Newspaper: The Canton mail. [volume]
Place of publication: Canton, Miss.
Publisher: Garrett & Dudley
Date: 1875-05-08 00:00:00
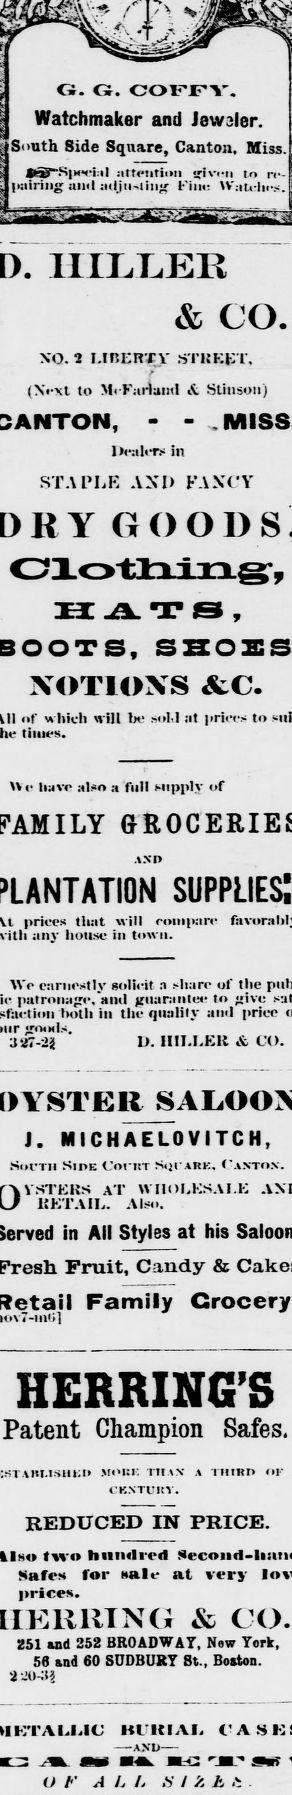
Advertisement text (OCR):
O. Ci. COFFY. Watchmaker and Jewsler. South 8ide Square, Canton, Miss. a-SjMaal attention sriveri to n pairing ami adjii-iiug Fine Watches. IIJXL.ER & CO. XO. 2 I.IBEnxy S'I'KKET. (Xext to McFariaml &. Slinsoii) - - Healers in STAPLE AND FANCY m -A. t s , NOTIONS &C. f which will be sold at prin-s to times. XV liave also a full supply of prices that will compare any house in town. We earnestly solicit a share of the patronage, "and guarantee to "jive Iwlh in tile quality and price goods. 3SJ7-2S 1. IIII.LElt & CO. J. MICHAELOVITCH, Socth Side Coi iit Sijcare. Caxto.v. AT WHOLKSAI.E HKTAIL. Also. in All Styles at his Fruit, Candy & Family HERRING'S Patent Champion Safes. mouk Tins CKNTVItV. a Tiimri ok REDUCED IN PRICE. two hundred Safes for Male at very prices. & 251 and 352 BROADWAT, New Tork, 56 and 60 SUDBURY St., Boston. 2JIKI? Kl'KIAI, AND OF A L I. H I 'A h .t.
Label: illustrations